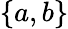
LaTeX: \{ a,b\}